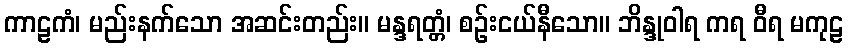
ကာဠကံ၊ မည်းနက်သော အဆင်းတည်း။ မန္ဒရတ္တံ၊ စဉ်းငယ်နီသော။ ဘိန္ဒုဝါရ ကရ ဝီရ မကုဠ